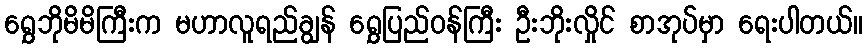
ရွှေဘိုမိမိကြီးက မဟာလူရည်ချွန် ရွှေပြည်ဝန်ကြီး ဦးဘိုးလှိုင် စာအုပ်မှာ ရေးပါတယ်။